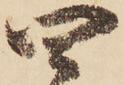
四